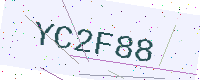
Text: YC2F88